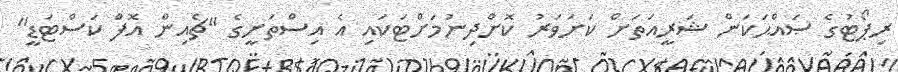
ރިޕޯޓުގެ ޞައްޙަކަން ޝަރީއަތަށް ކަށަވަރު ކޮށްދިނުމަށްޓަކައި އެ އިސްތަށީގެ "ޗެއިން އޮފް ކަސްޓަޑީ"